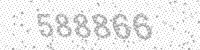
Solution: 588866